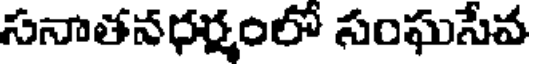
సనాతనధర్మంలో సంఘసేవ